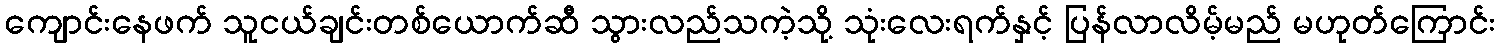
ကျောင်းနေဖက် သူငယ်ချင်းတစ်ယောက်ဆီ သွားလည်သကဲ့သို့ သုံးလေးရက်နှင့် ပြန်လာလိမ့်မည် မဟုတ်ကြောင်း